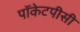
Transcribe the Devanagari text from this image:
पॉकेटपीसी